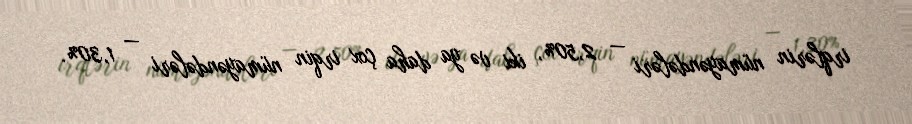
irqlərin nümayəndələri — 2,50%, iki və ya daha çox irqin nümayəndələri — 1,30%.